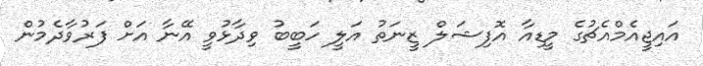
އައިޖީއެމްއެޗުގެ މީޑިއާ އޮފިޝަލް ޒީނަތު އަލީ ހަބީބު ވިދާޅުވީ އޭނާ އަށް ފަރުވާދެމުން